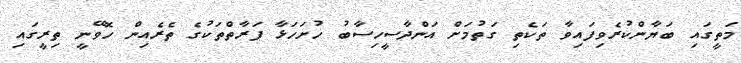
މަތީގައި ބަޔާންކުރެވިފައިވާ ތަކެތި ގަތުމަށް އަންދާސީހިސާބު ހުށަހަޅާ ފަރާތްތަކުގެ ތެރެއިން ހޮވޭނީ ތިރީގައި